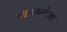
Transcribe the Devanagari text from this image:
प्रौढ़मनोरमा